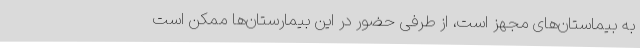
به بیماستان‌های مجهز است، از طرفی حضور در این بیمارستان‌ها ممکن است